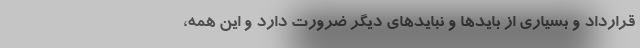
قرارداد و بسیاری از بایدها و نبایدهای دیگر ضرورت دارد و این همه،